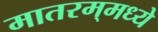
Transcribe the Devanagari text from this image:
मातरम्‌मध्ये